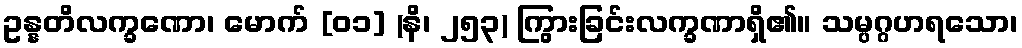
ဥန္နတိလက္ခဏော၊ မောက် [၀၁] (နိ၊ ၂၅၃) ကြွားခြင်းလက္ခဏာရှိ၏။ သမ္ပဂ္ဂဟရသော၊